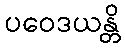
ပဝေဒယန္တိ